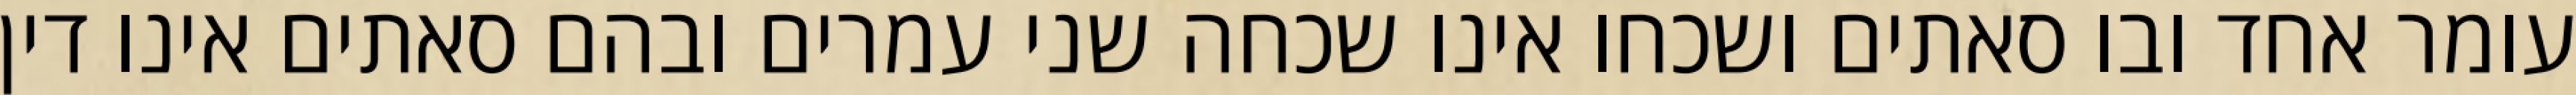
עומר אחד ובו סאתים ושכחו אינו שכחה שני עמרים ובהם סאתים אינו דין